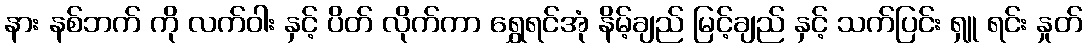
နား နစ်ဘက် ကို လက်ဝါး နှင့် ပိတ် လိုက်ကာ ရွှေရင်အုံ နိမ့်ချည် မြင့်ချည် နှင့် သက်ပြင်း ရှူ ရင်း နှုတ်